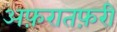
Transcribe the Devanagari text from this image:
अफ़रातफ़री